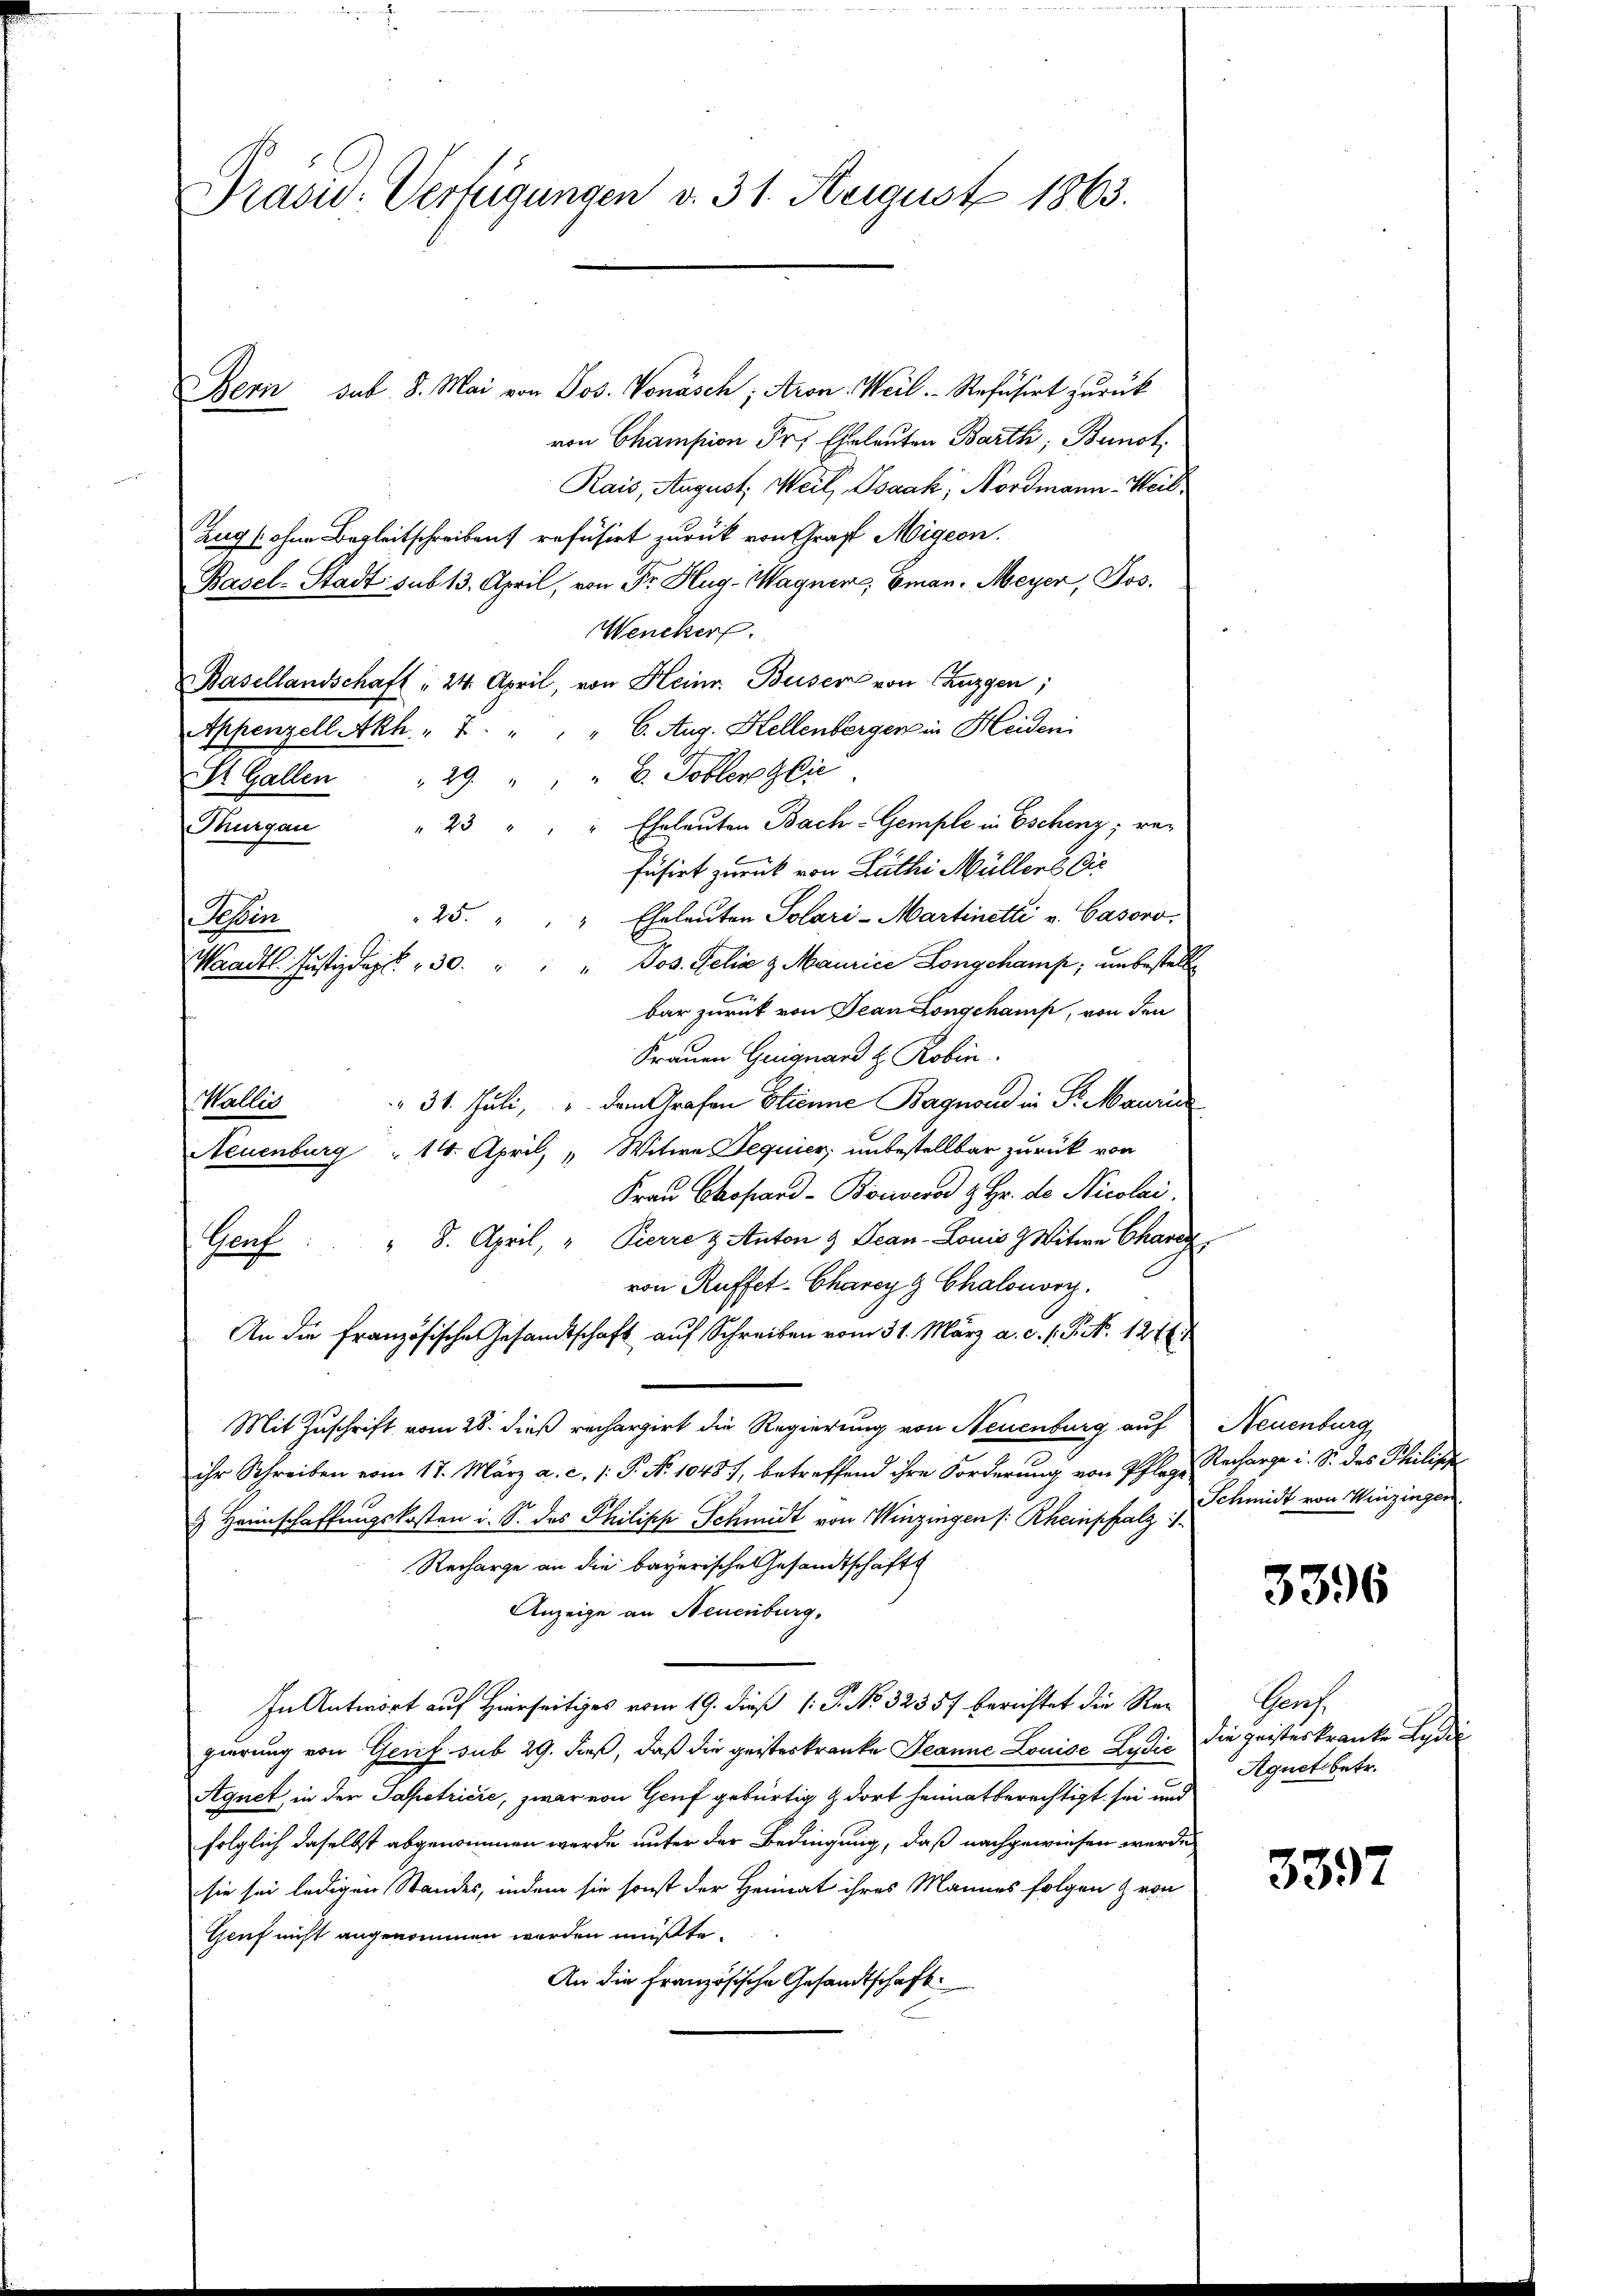
Brasid. Verfügungen v. 31. August 1863.

Bern sub. 8. Mai von Jos. Vonäsch; Aron-Weil. Refusirt zurück
von Champion Sr. Eheleuten Barth, Bunot.
Rais, August. Weil, Isaak, Nordmann - Weil¬
Zug (ohne Begleitschreiben refüsirt zurück von Graf Migern.
Basel-Stadt sub 13. April, von Fr. Hug-Wagner, Eman. Meyer, Jos.
Wencker.
Basellandschaft " 24. April, von Heinr. Buser von Chuzgen;
Appenzell Akh " 7. " " " 6. Aug. Hellenberger in Heiden
29 " " " 6. Tobler Glie
St. Gallen
" 23 " " " Eheleuten Bach-Gemple in Eschenz; re¬
Thurgau
füsirt zurück von Luthi Müllers is
25. " " " Eheleuten Solari-Martinetti u. Casoro
Seen
Waadt Justizdept. 30. " " " Jos. Felix z Maurice Longchamp, unbestelle
bar zurück von Jean Longchamp, von den
Frauen Guiguard z. Robin.
 31. Juli, u. dem Grafen Stienne Bagnond in Fr. Mauri
Wallis
Neuenburg " 14. April " Witwe Requier; unbestellbar zurück von
Frau Chofand-Bouvero & Hr. de Nicolai.
Genf : " 8. April, " Pierre & Anton & Beau-Louis Z Witwe Chara
von Ruffet-Charcyg Chalonory.
An die französische Gesandtschaft auf Schreiben vom 31. März a. c. s. S. Nr. 1276
Mit Zuschrift vom 28. dieß rechargirt die Regierung von Neuenburg auf
ihr Schreiben vom 17. März a. c. /: P. Nr. 10481, betreffend ihre Forderung von Pflege
 Heimschaftungskosten i. S. das Philipp Schmidt von Winzingen /: Rheinpfalz Schmidt von Winzingen
Recharge an die bayerische Gesandtschaft
Anzeige an Neuenburg.
In Antwort auf Hierseitiges vom 19. dieß 1: P. No 3235. berichtet die Regierung von Gerif sub 29. dieß, daß die geisteskranke Jeanne Louise Lydić
Agnet, in der Tapetricie, zwar von Genf gebürtig & dort heimatberechtigt sei und
folglich daselbst abgenommen werde unter der Bedingung, daß nachgewiesen werde
sie sei ledigen Standes, indem sie sonst der Heimat ihres Mannes folgen & von
Geuf nicht angenommen worden müßte.
An die Französische Gesandtschaft

Neuenburg
Recharge u. S. des Philisch

3396

Gers
die geisteskranke Leide
Agnet betr.

3397